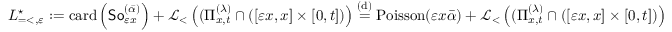
\begin{array} { r } { L _ { = < , \varepsilon } ^ { \star } : = \mathrm { c a r d } \left( { \sf S o } _ { \varepsilon x } ^ { ( \bar { \alpha } ) } \right) + \mathcal { L } _ { < } \left( ( \Pi _ { x , t } ^ { ( \lambda ) } \cap \left( [ \varepsilon x , x ] \times [ 0 , t ] \right) \right) \stackrel { \mathrm { ( d ) } } { = } \mathrm { P o i s s o n } ( \varepsilon x \bar { \alpha } ) + \mathcal { L } _ { < } \left( ( \Pi _ { x , t } ^ { ( \lambda ) } \cap \left( [ \varepsilon x , x ] \times [ 0 , t ] \right) \right) } \end{array}